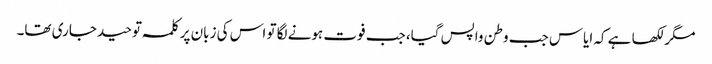
مگر لکھا ہے کہ ایاس جب وطن واپس گیا، جب فوت ہونے لگا تو اس کی زبان پر کلمہ توحید جاری تھا۔